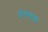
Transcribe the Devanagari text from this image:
इंगलास